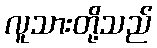
လူသားတို့သည်